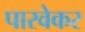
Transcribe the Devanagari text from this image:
पारवेकर